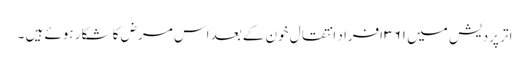
اتر پردیش میں ۳۶۱ افراد انتقالِ خون کے بعد اس مرض کا شکار ہوئے ہیں ۔